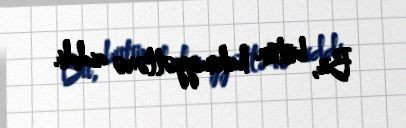
Bu, bütün hakimiyyətlərə aiddi.